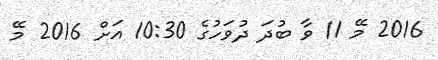
2016 މޭ 11 ވާ ބުދަ ދުވަހުގެ 10:30 އަށް 2016 މޭ